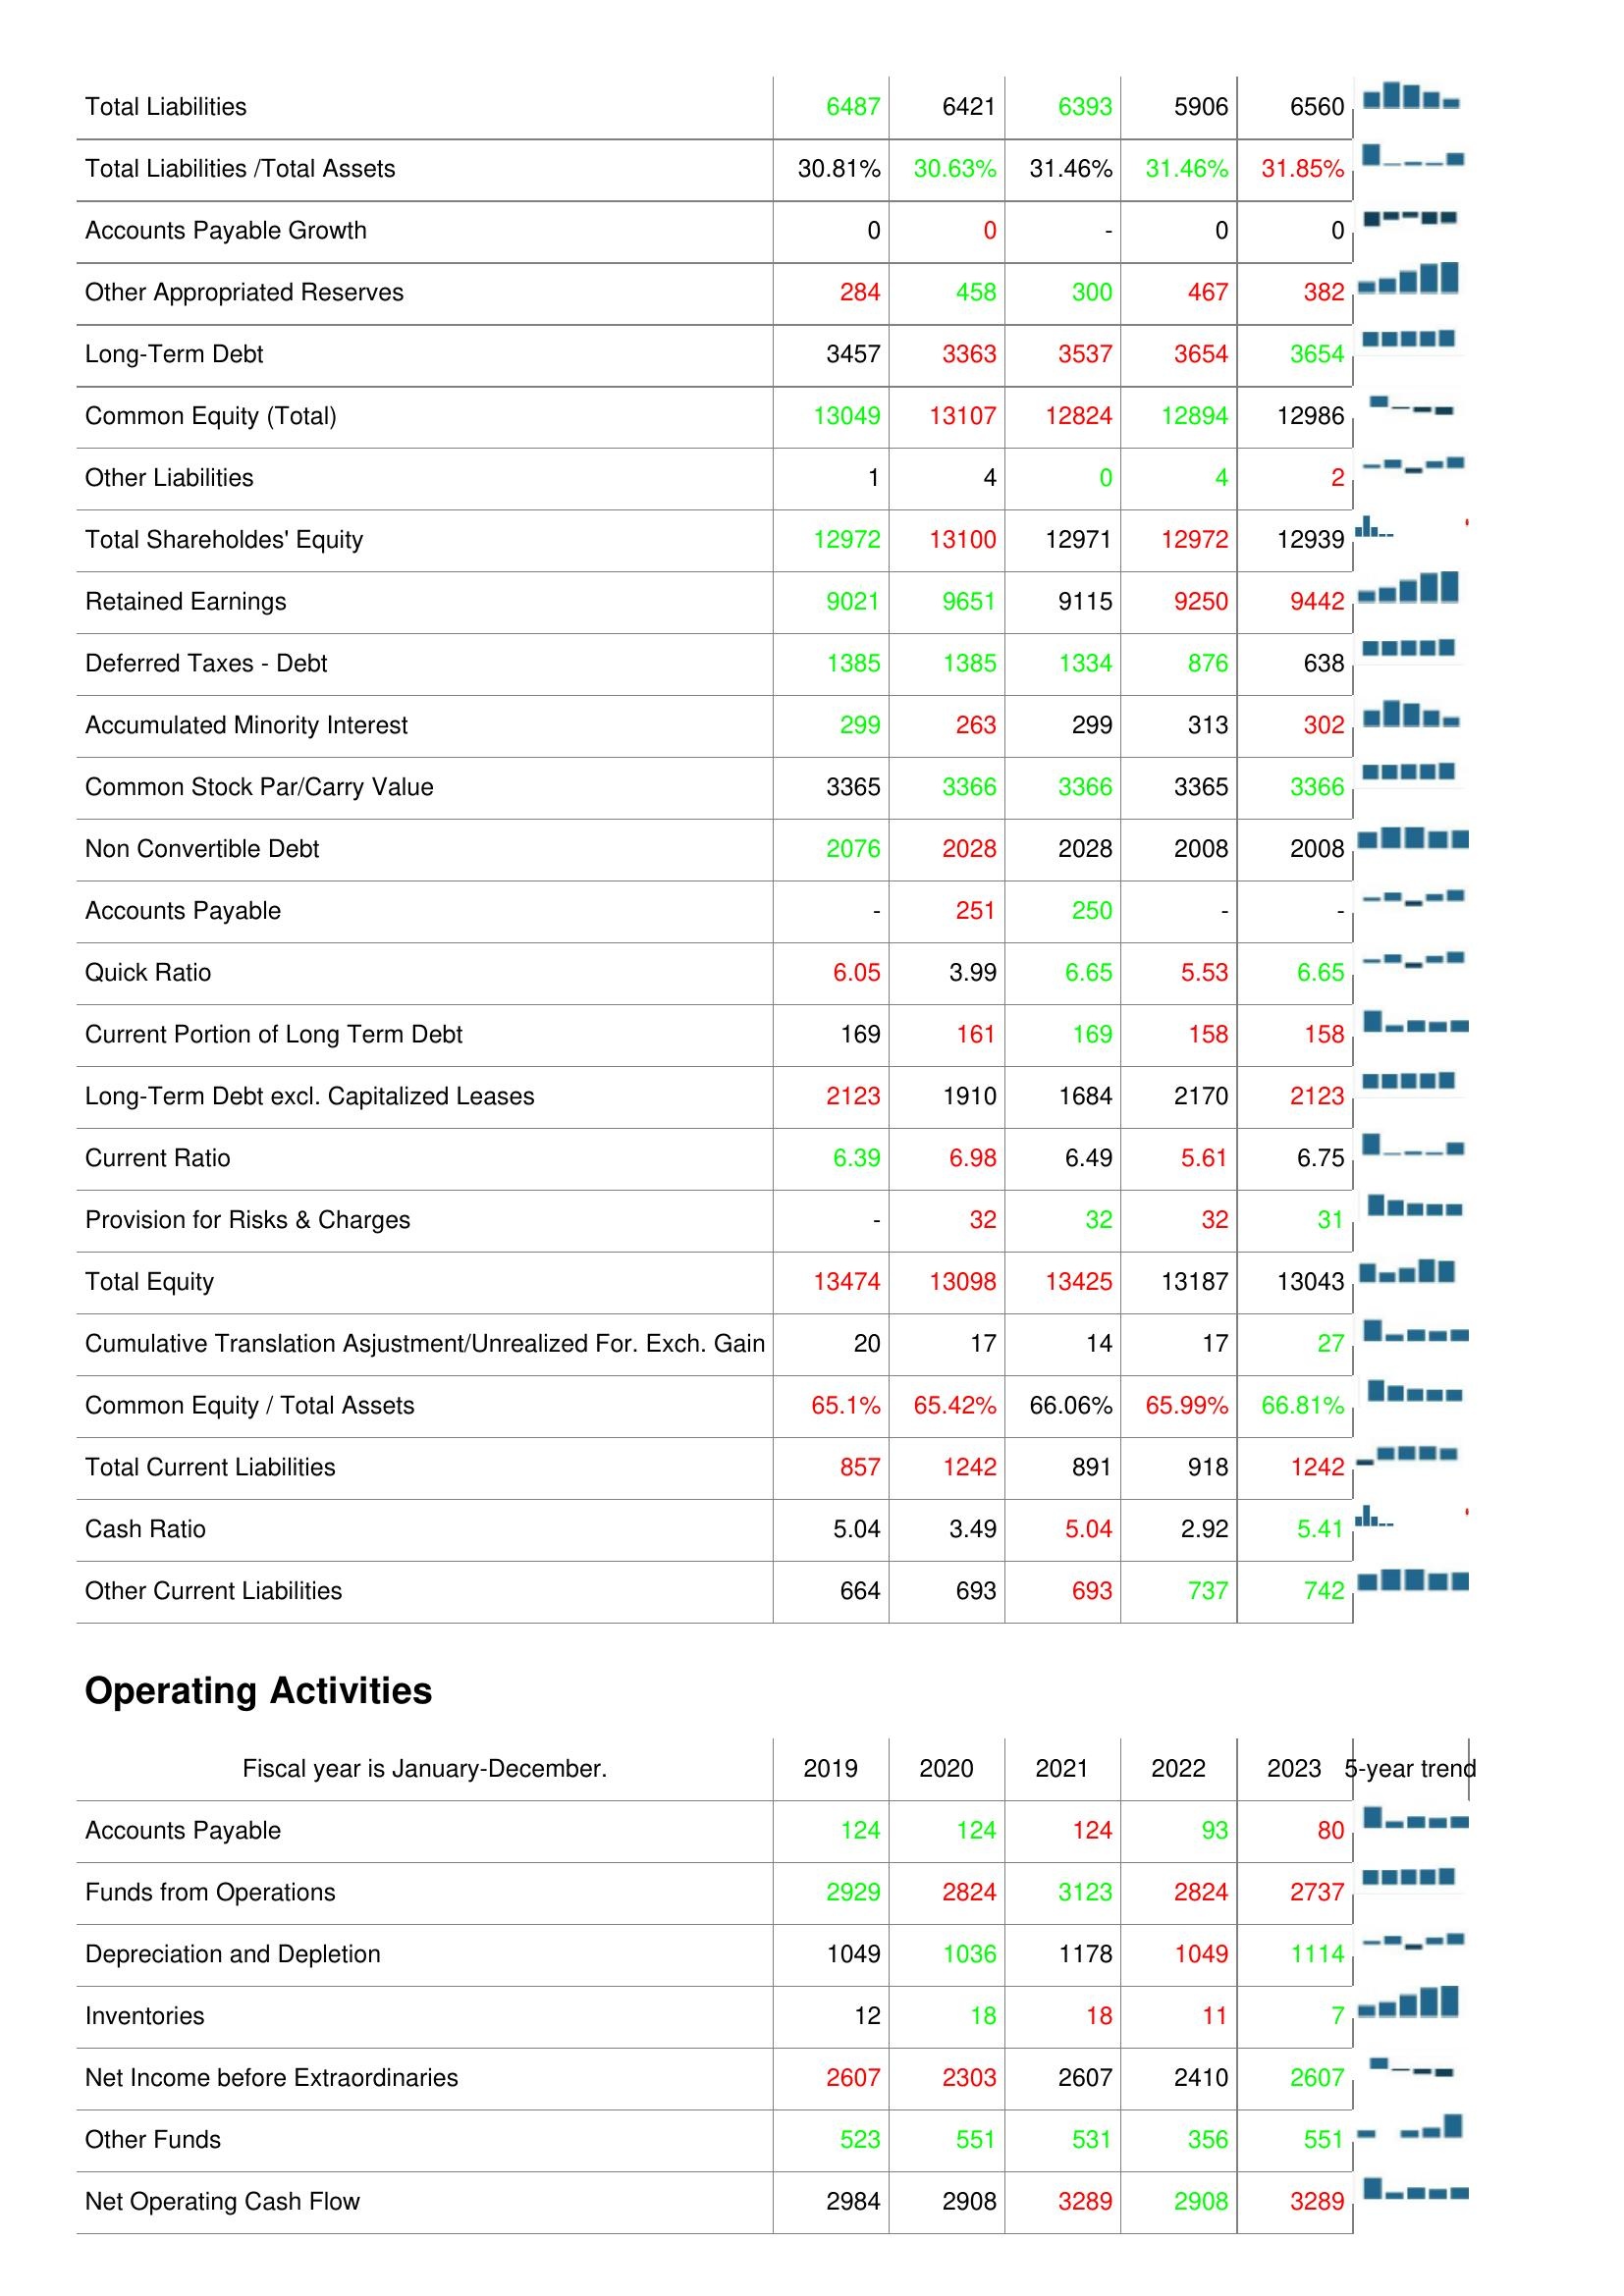
2019: Liabilities & Shareholder's Equity: Total Liabilities: 6487
Total Liabilities /Total Assets: 30.81%
Accounts Payable Growth: 0
Other Appropriated Reserves: 284
Long-Term Debt: 3457
Common Equity (Total): 13049
Other Liabilities: 1
Total Shareholdes' Equity: 12972
Retained Earnings: 9021
Deferred Taxes - Debt: 1385
Accumulated Minority Interest: 299
Common Stock Par/Carry Value: 3365
Non Convertible Debt: 2076
Accounts Payable: -
Quick Ratio: 6.05
Current Portion of Long Term Debt: 169
Long-Term Debt excl. Capitalized Leases: 2123
Current Ratio: 6.39
Provision for Risks & Charges: -
Total Equity: 13474
Cumulative Translation Asjustment/Unrealized For. Exch. Gain: 20
Common Equity / Total Assets: 65.1%
Total Current Liabilities: 857
Cash Ratio: 5.04
Other Current Liabilities: 664
Operating Activities: Accounts Payable: 124
Funds from Operations: 2929
Depreciation and Depletion: 1049
Inventories: 12
Net Income before Extraordinaries: 2607
Other Funds: 523
Net Operating Cash Flow: 2984
2020: Liabilities & Shareholder's Equity: Total Liabilities: 6421
Total Liabilities /Total Assets: 30.63%
Accounts Payable Growth: 0
Other Appropriated Reserves: 458
Long-Term Debt: 3363
Common Equity (Total): 13107
Other Liabilities: 4
Total Shareholdes' Equity: 13100
Retained Earnings: 9651
Deferred Taxes - Debt: 1385
Accumulated Minority Interest: 263
Common Stock Par/Carry Value: 3366
Non Convertible Debt: 2028
Accounts Payable: 251
Quick Ratio: 3.99
Current Portion of Long Term Debt: 161
Long-Term Debt excl. Capitalized Leases: 1910
Current Ratio: 6.98
Provision for Risks & Charges: 32
Total Equity: 13098
Cumulative Translation Asjustment/Unrealized For. Exch. Gain: 17
Common Equity / Total Assets: 65.42%
Total Current Liabilities: 1242
Cash Ratio: 3.49
Other Current Liabilities: 693
Operating Activities: Accounts Payable: 124
Funds from Operations: 2824
Depreciation and Depletion: 1036
Inventories: 18
Net Income before Extraordinaries: 2303
Other Funds: 551
Net Operating Cash Flow: 2908
2021: Liabilities & Shareholder's Equity: Total Liabilities: 6393
Total Liabilities /Total Assets: 31.46%
Accounts Payable Growth: -
Other Appropriated Reserves: 300
Long-Term Debt: 3537
Common Equity (Total): 12824
Other Liabilities: 0
Total Shareholdes' Equity: 12971
Retained Earnings: 9115
Deferred Taxes - Debt: 1334
Accumulated Minority Interest: 299
Common Stock Par/Carry Value: 3366
Non Convertible Debt: 2028
Accounts Payable: 250
Quick Ratio: 6.65
Current Portion of Long Term Debt: 169
Long-Term Debt excl. Capitalized Leases: 1684
Current Ratio: 6.49
Provision for Risks & Charges: 32
Total Equity: 13425
Cumulative Translation Asjustment/Unrealized For. Exch. Gain: 14
Common Equity / Total Assets: 66.06%
Total Current Liabilities: 891
Cash Ratio: 5.04
Other Current Liabilities: 693
Operating Activities: Accounts Payable: 124
Funds from Operations: 3123
Depreciation and Depletion: 1178
Inventories: 18
Net Income before Extraordinaries: 2607
Other Funds: 531
Net Operating Cash Flow: 3289
2022: Liabilities & Shareholder's Equity: Total Liabilities: 5906
Total Liabilities /Total Assets: 31.46%
Accounts Payable Growth: 0
Other Appropriated Reserves: 467
Long-Term Debt: 3654
Common Equity (Total): 12894
Other Liabilities: 4
Total Shareholdes' Equity: 12972
Retained Earnings: 9250
Deferred Taxes - Debt: 876
Accumulated Minority Interest: 313
Common Stock Par/Carry Value: 3365
Non Convertible Debt: 2008
Accounts Payable: -
Quick Ratio: 5.53
Current Portion of Long Term Debt: 158
Long-Term Debt excl. Capitalized Leases: 2170
Current Ratio: 5.61
Provision for Risks & Charges: 32
Total Equity: 13187
Cumulative Translation Asjustment/Unrealized For. Exch. Gain: 17
Common Equity / Total Assets: 65.99%
Total Current Liabilities: 918
Cash Ratio: 2.92
Other Current Liabilities: 737
Operating Activities: Accounts Payable: 93
Funds from Operations: 2824
Depreciation and Depletion: 1049
Inventories: 11
Net Income before Extraordinaries: 2410
Other Funds: 356
Net Operating Cash Flow: 2908
2023: Liabilities & Shareholder's Equity: Total Liabilities: 6560
Total Liabilities /Total Assets: 31.85%
Accounts Payable Growth: 0
Other Appropriated Reserves: 382
Long-Term Debt: 3654
Common Equity (Total): 12986
Other Liabilities: 2
Total Shareholdes' Equity: 12939
Retained Earnings: 9442
Deferred Taxes - Debt: 638
Accumulated Minority Interest: 302
Common Stock Par/Carry Value: 3366
Non Convertible Debt: 2008
Accounts Payable: -
Quick Ratio: 6.65
Current Portion of Long Term Debt: 158
Long-Term Debt excl. Capitalized Leases: 2123
Current Ratio: 6.75
Provision for Risks & Charges: 31
Total Equity: 13043
Cumulative Translation Asjustment/Unrealized For. Exch. Gain: 27
Common Equity / Total Assets: 66.81%
Total Current Liabilities: 1242
Cash Ratio: 5.41
Other Current Liabilities: 742
Operating Activities: Accounts Payable: 80
Funds from Operations: 2737
Depreciation and Depletion: 1114
Inventories: 7
Net Income before Extraordinaries: 2607
Other Funds: 551
Net Operating Cash Flow: 3289